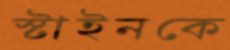
স্টাইনকে